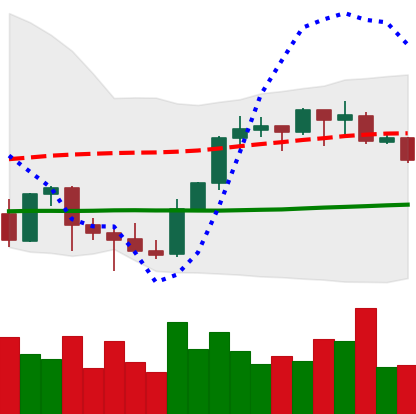
Ticker: BNB-USD
Chart end date: 2021-10-10
Forward return: 16.944%
Label: up_7plus